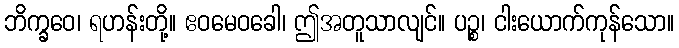
ဘိက္ခဝေ၊ ရဟန်းတို့။ ဧဝမေဝခေါ၊ ဤအတူသာလျင်။ ပဉ္စ၊ ငါးယောက်ကုန်သော။